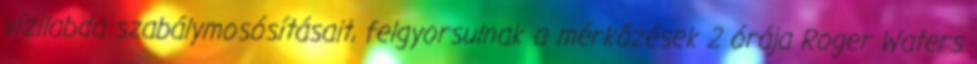
vízilabda szabálymosósításait, felgyorsulnak a mérkőzések 2 órája Roger Waters